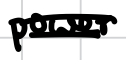
Text: power
Cross-out: double-line
Writing tool: digital_black